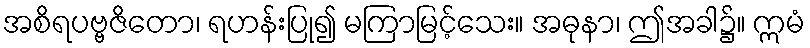
အစိရပဗ္ဗဇိတော၊ ရဟန်းပြု၍ မကြာမြင့်သေး။ အဓုနာ၊ ဤအခါ၌။ ဣမံ